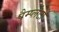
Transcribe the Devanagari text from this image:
पैम्प्लेटों